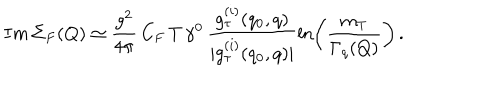
I m \, \Sigma _ { F } ( Q ) \simeq \frac { g ^ { 2 } } { 4 \pi } \, C _ { F } \, T \, \gamma ^ { 0 } \, \frac { g _ { \tau } ^ { ( i ) } ( q _ { 0 } , q ) } { | g _ { \tau } ^ { ( i ) } ( q _ { 0 } , q ) | } \ln \left( \frac { m _ { T } } { \Gamma _ { q } ( Q ) } \right) \, .